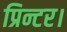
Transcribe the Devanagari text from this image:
प्रिन्टर।